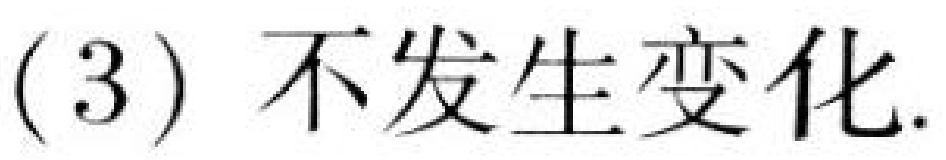
(3) 不发生变化.